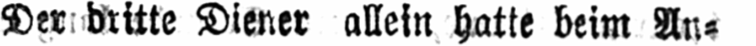
Der dritte Diener allein hatte beim An⸗